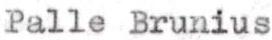
Palle Brunius